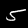
Digit: 5